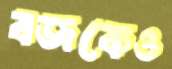
বজকেও